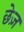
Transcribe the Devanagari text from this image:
छेज़